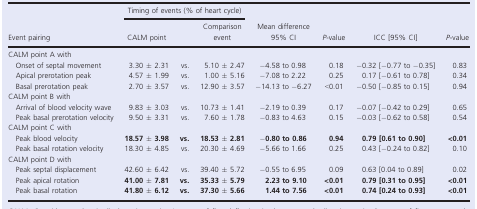
<table><thead><tr><td rowspan="2"><b>Event pairing</b></td><td colspan="3"><b>Timing of events (% of heart cycle)</b></td><td rowspan="2"><b>Mean difference 95% CI</b></td><td rowspan="2"><b><i>P</i>‐value</b></td><td rowspan="2"><b>ICC [95% CI]</b></td><td rowspan="2"><b><i>P</i>‐value</b></td></tr><tr><td><b>CALM point</b></td><td></td><td><b>Comparison event</b></td></tr></thead><tbody><tr><td colspan="8">CALM point A with</td></tr><tr><td>Onset of septal movement</td><td>3.30 ± 2.31</td><td>vs.</td><td>5.10 ± 2.47</td><td>−4.58 to 0.98</td><td>0.18</td><td>−0.32 [−0.77 to −0.35]</td><td>0.83</td></tr><tr><td>Apical prerotation peak</td><td>4.57 ± 1.99</td><td>vs.</td><td>1.00 ± 5.16</td><td>−7.08 to 2.22</td><td>0.25</td><td>0.17 [−0.61 to 0.78]</td><td>0.34</td></tr><tr><td>Basal prerotation peak</td><td>2.70 ± 3.57</td><td>vs.</td><td>12.90 ± 3.57</td><td>−14.13 to −6.27</td><td>&lt;0.01</td><td>−0.50 [−0.85 to 0.15]</td><td>0.94</td></tr><tr><td colspan="8">CALM point B with</td></tr><tr><td>Arrival of blood velocity wave</td><td>9.83 ± 3.03</td><td>vs.</td><td>10.73 ± 1.41</td><td>−2.19 to 0.39</td><td>0.17</td><td>−0.07 [−0.42 to 0.29]</td><td>0.65</td></tr><tr><td>Peak basal prerotation velocity</td><td>9.50 ± 3.31</td><td>vs.</td><td>7.60 ± 1.78</td><td>−0.83 to 4.63</td><td>0.15</td><td>−0.03 [−0.62 to 0.58]</td><td>0.54</td></tr><tr><td colspan="8">CALM point C with</td></tr><tr><td>Peak blood velocity</td><td><b>18.57 ± 3.98</b></td><td><b>vs.</b></td><td><b>18.53 ± 2.81</b></td><td>−<b>0.80 to 0.86</b></td><td><b>0.94</b></td><td><b>0.79 [0.61 to 0.90]</b></td><td><b>&lt;0.01</b></td></tr><tr><td>Peak basal rotation velocity</td><td>18.30 ± 4.85</td><td>vs.</td><td>20.30 ± 4.69</td><td>−5.66 to 1.66</td><td>0.25</td><td>0.43 [−0.24 to 0.82]</td><td>0.10</td></tr><tr><td colspan="8">CALM point D with</td></tr><tr><td>Peak septal displacement</td><td>42.60 ± 6.42</td><td>vs.</td><td>39.40 ± 5.72</td><td>−0.55 to 6.95</td><td>0.09</td><td>0.63 [0.04 to 0.89]</td><td>0.02</td></tr><tr><td>Peak apical rotation</td><td><b>41.00 ± 7.81</b></td><td><b>vs.</b></td><td><b>35.33 ± 5.79</b></td><td><b>2.23 to 9.10</b></td><td><b>&lt;0.01</b></td><td><b>0.79 [0.31 to 0.95]</b></td><td><b>&lt;0.01</b></td></tr><tr><td>Peak basal rotation</td><td><b>41.80 ± 6.12</b></td><td><b>vs.</b></td><td><b>37.30 ± 5.66</b></td><td><b>1.44 to 7.56</b></td><td><b>&lt;0.01</b></td><td><b>0.74 [0.24 to 0.93]</b></td><td><b>&lt;0.01</b></td></tr></tbody></table>